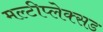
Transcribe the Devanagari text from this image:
मल्टीप्लेक्सड